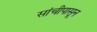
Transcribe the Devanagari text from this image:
सांचीपासून